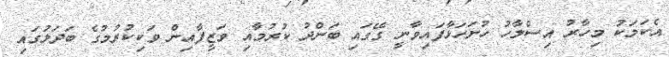
އެކަމަކު މިހާރު އިސްލާހު ހުށަހަޅާފައިވާނީ ގޭގައި ބަންދު ކުރުމާއި ވަޒީފާއިން ވަކިކުރުމުގެ ބަދަލުގައި